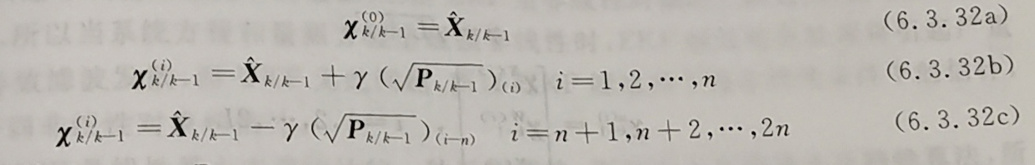
$\begin{gather}
\boldsymbol{\chi}_{k / k-1}^{(0)}=\hat{\boldsymbol{X}}_{k / k-1} \tag{6.3.32a}\\
\boldsymbol{\chi}_{k / k-1}^{(i)}=\hat{\boldsymbol{X}}_{k / k-1}+\gamma\left(\sqrt{\boldsymbol{P}_{k / k-1}}\right)_{(i)} \quad i = 1,2, \cdots, n \tag{6.3.32b}\\
\boldsymbol{\chi}_{k / k-1}^{(i)}=\hat{\boldsymbol{X}}_{k / k-1}-\gamma\left(\sqrt{\boldsymbol{P}_{k / k-1}}\right)_{(i - n)} \quad i = n + 1, n + 2, \cdots, 2n \tag{6.3.32c}
\end{gather}$